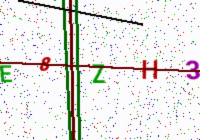
Text: E8ZH3